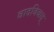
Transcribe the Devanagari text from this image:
वादविवाद्